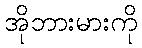
အိုဘားမားကို